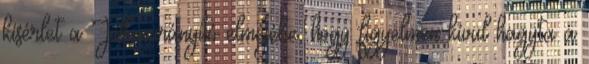
kísérlet a Jellemirányító elméjébe, hogy figyelmen kívül hagyta a